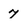
Character: 7